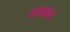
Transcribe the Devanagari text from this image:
अप्रब्रंश